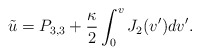
\begin{align*} \tilde{u}=P_{3,3}+\frac{\kappa}{2}\int_0^vJ_2(v')dv'.\end{align*}